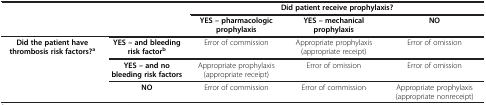
<table><thead><tr><td><b> </b></td><td><b> </b></td><td colspan="3"><b>Did patient receive prophylaxis?</b></td></tr></thead><tbody><tr><td> </td><td> </td><td><b>YES – pharmacologic prophylaxis</b></td><td><b>YES – mechanical prophylaxis</b></td><td><b>NO</b></td></tr><tr><td rowspan="3"><b>Did the patient have thrombosis risk factors?</b><sup><b>a</b></sup></td><td><b>YES – and bleeding risk factor</b><sup><b>b</b></sup></td><td>Error of commission</td><td>Appropriate prophylaxis (appropriate receipt)</td><td>Error of omission</td></tr><tr><td><b>YES – and no bleeding risk factors</b></td><td>Appropriate prophylaxis (appropriate receipt)</td><td>Error of omission</td><td>Error of omission</td></tr><tr><td><b>NO</b></td><td>Error of commission</td><td>Error of commission</td><td>Appropriate prophylaxis(appropriate nonreceipt)</td></tr></tbody></table>